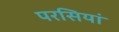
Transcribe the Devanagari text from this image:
परसियां